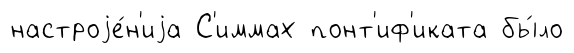
настроjе́н'иjа С'иммах понт'иф'иката бы́ло